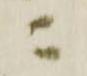
ニ